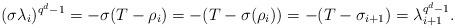
LaTeX: \begin{align*}(\sigma \lambda_i)^{q^d-1}=-\sigma(T-\rho_i)=-(T-\sigma(\rho_i))=-(T-\sigma_{i+1})=\lambda_{i+1}^{q^d-1}.\end{align*}